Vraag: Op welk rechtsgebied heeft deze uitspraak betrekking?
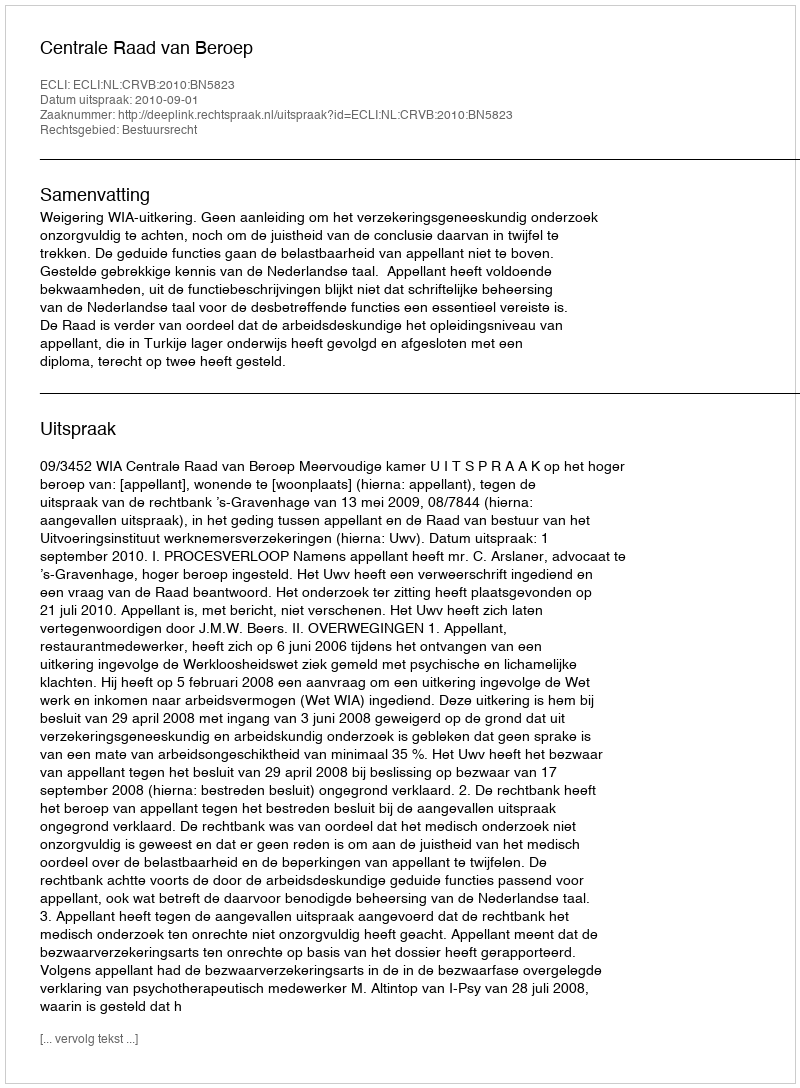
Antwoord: Bestuursrecht